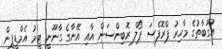
އުގޫބާތުގެ މާހިރު ޕްރޮފެސަ ޕޯލް ރޮބިންސަން އާއި އޭނާގެ ގާނޫނީ ޓީމު އެމްޑީޕީން